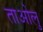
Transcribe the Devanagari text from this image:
ताओलु